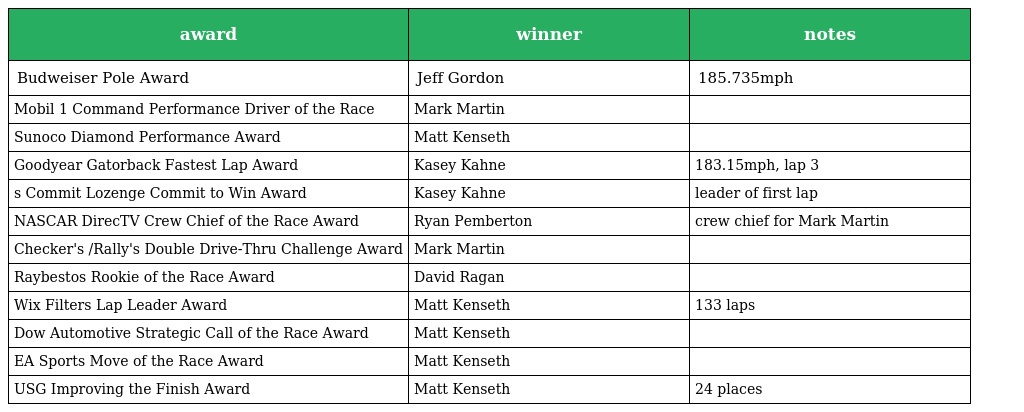
| award | winner | notes |
 | --- | --- | --- |
 | Budweiser Pole Award | Jeff Gordon | 185.735mph |
 | Mobil 1 Command Performance Driver of the Race | Mark Martin |  |
 | Sunoco Diamond Performance Award | Matt Kenseth |  |
 | Goodyear Gatorback Fastest Lap Award | Kasey Kahne | 183.15mph, lap 3 |
 | s Commit Lozenge Commit to Win Award | Kasey Kahne | leader of first lap |
 | NASCAR DirecTV Crew Chief of the Race Award | Ryan Pemberton | crew chief for Mark Martin |
 | Checker's /Rally's Double Drive-Thru Challenge Award | Mark Martin |  |
 | Raybestos Rookie of the Race Award | David Ragan |  |
 | Wix Filters Lap Leader Award | Matt Kenseth | 133 laps |
 | Dow Automotive Strategic Call of the Race Award | Matt Kenseth |  |
 | EA Sports Move of the Race Award | Matt Kenseth |  |
 | USG Improving the Finish Award | Matt Kenseth | 24 places |